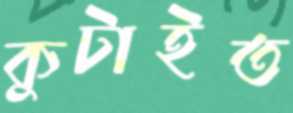
কুটাইত